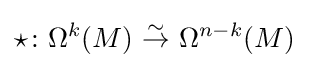
\star \colon \Omega ^{k}(M)\ {\stackrel {\sim }{\to }}\ \Omega ^{n-k}(M)